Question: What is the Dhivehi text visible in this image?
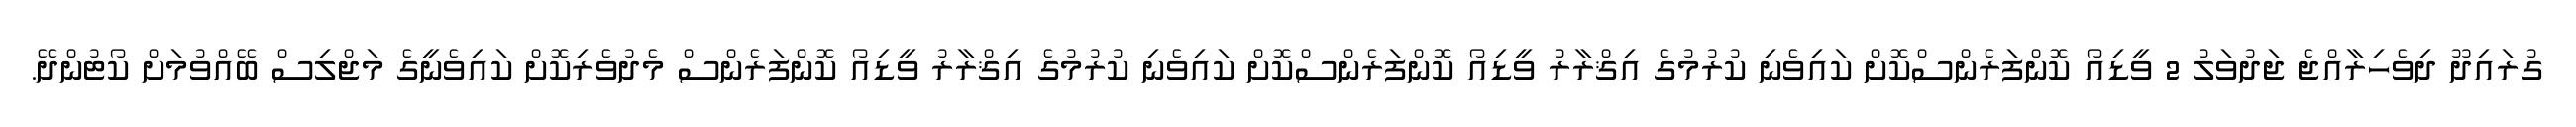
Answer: ގުރައިދޫ ދިވެހިރާއްޖެ ޖަދުވަލު 2 ވީޑިއޯ ކޮންފަރެންސްކޮށް ކައިވެނި ކުރުމުގެ އިޤްރާރު ވީޑިއޯ ކޮންފަރެންސްކޮށް ކައިވެނި ކުރުމުގެ އިޤްރާރު ވީޑިއޯ ކޮންފަރެންސް މެދުވެރިކޮށް ކައިވެނީގެ މަޖްލިސް ބޭއްވުމަށް ކޯޓުންދޭ.